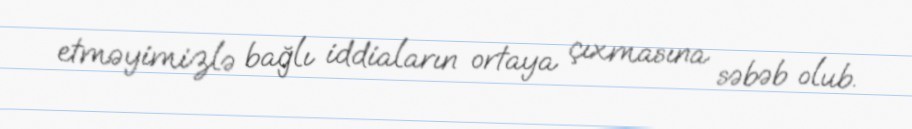
etməyimizlə bağlı iddiaların ortaya çıxmasına səbəb olub.